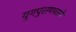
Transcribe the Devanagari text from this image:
युगपुराणवाले